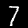
Label: 7